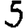
Digit: 5